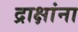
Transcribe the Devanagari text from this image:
द्राक्षांना